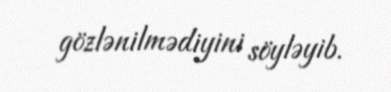
gözlənilmədiyini söyləyib.